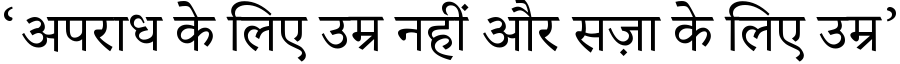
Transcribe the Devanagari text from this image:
‘अपराध के लिए उम्र नहीं और सज़ा के लिए उम्र’